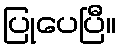
ပြုပေပြီ။